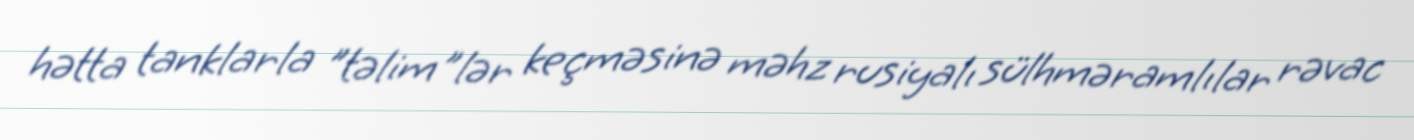
hətta tanklarla "təlim"lər keçməsinə məhz rusiyalı sülhməramlılar rəvac